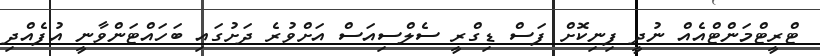
ޓްރީޓްމަންޓްއެއް ނުދީ ފިނިކޮށް ފަސް ޑިގްރީ ސެލްސިއަސް އަށްވުރެ ދަށުގައި ބަހައްޓަންވާނީ އުފެއްދި